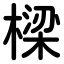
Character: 樑